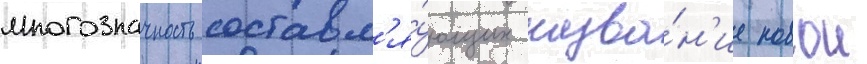
многозначность составл'я́ющих назва́н'ие новои